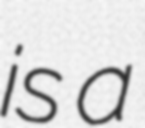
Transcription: is a